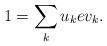
LaTeX: \begin{align*} 1 = \sum_k u_k e v_k. \end{align*}